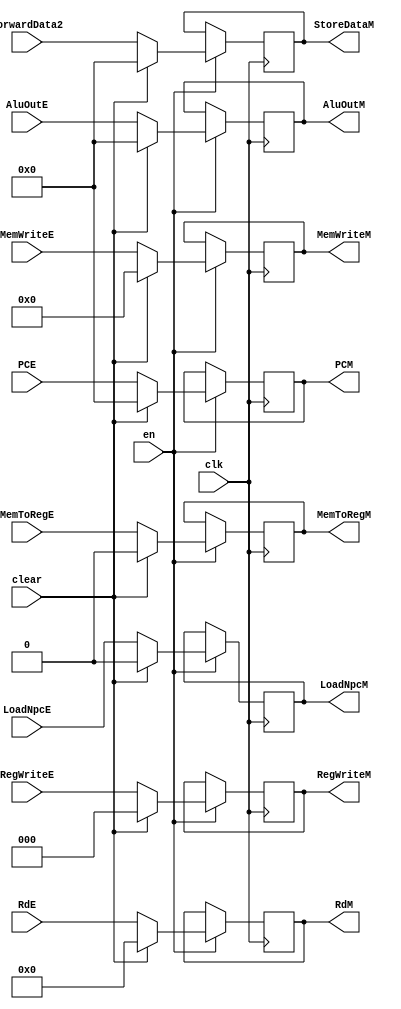
`timescale 1ns / 1ps
//////////////////////////////////////////////////////////////////////////////////
// Company: USTC ESLAB 
// 
// Design Name: RISCV-Pipline CPU
// Module Name: MEMSegReg
// Target Devices: Nexys4
// Tool Versions: Vivado 2017.4.1
// Description: EX-MEM Segment Register
//////////////////////////////////////////////////////////////////////////////////
//
    //MEMSegRegEX-MEM
//  
    //
    
module MEMSegReg(
    input wire clk,
    input wire en,
    input wire clear,
    //Data Signals
    input wire [31:0] AluOutE,
    output reg [31:0] AluOutM, 
    input wire [31:0] ForwardData2,
    output reg [31:0] StoreDataM, 
    input wire [4:0] RdE,
    output reg [4:0] RdM,
    input wire [31:0] PCE,
    output reg [31:0] PCM,
    //Control Signals
    input wire [2:0] RegWriteE,
    output reg [2:0] RegWriteM,
    input wire MemToRegE,
    output reg MemToRegM,
    input wire [3:0] MemWriteE,
    output reg [3:0] MemWriteM,
    input wire LoadNpcE,
    output reg LoadNpcM
    );
    initial begin
        AluOutM    = 0;
        StoreDataM = 0;
        RdM        = 5'h0;
        PCM        = 0;
        RegWriteM  = 3'h0;
        MemToRegM  = 1'b0;
        MemWriteM  = 4'b0;
        LoadNpcM   = 0;
    end
    
    always@(posedge clk)
        if(en) begin
            AluOutM    <= clear ?     0 : AluOutE;
            StoreDataM <= clear ?     0 : ForwardData2;
            RdM        <= clear ?  5'h0 : RdE;
            PCM        <= clear ?     0 : PCE;
            RegWriteM  <= clear ?  3'h0 : RegWriteE;
            MemToRegM  <= clear ?  1'b0 : MemToRegE;
            MemWriteM  <= clear ?  4'b0 : MemWriteE;
            LoadNpcM   <= clear ?     0 : LoadNpcE;
        end
    
endmodule